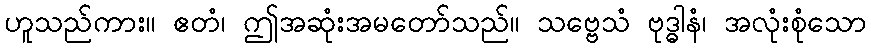
ဟူသည်ကား။ ဧတံ၊ ဤအဆုံးအမတော်သည်။ သဗ္ဗေသံ ဗုဒ္ဓါနံ၊ အလုံးစုံသော